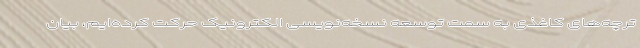
ترچه‌های کاغذی به سمت توسعه نسخه‌نویسی الکترونیک حرکت کرده‌ایم، بیان